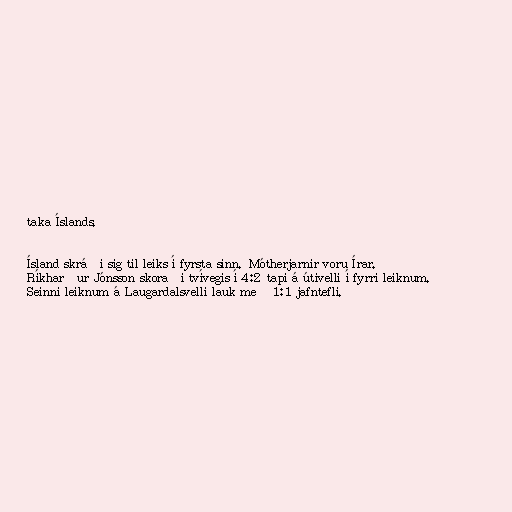
taka Íslands.

Ísland skráði sig til leiks í fyrsta sinn. Mótherjarnir voru Írar.
Ríkharður Jónsson skoraði tvívegis í 4:2 tapi á útivelli í fyrri leiknum.
Seinni leiknum á Laugardalsvelli lauk með 1:1 jafntefli.